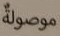
موصولة